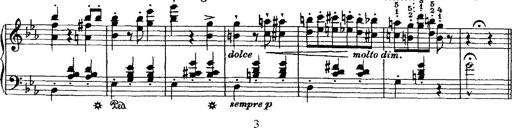
Title: Grande valse di bravura
Composer: Franz Liszt